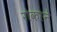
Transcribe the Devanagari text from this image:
रोकरने